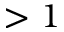
> 1